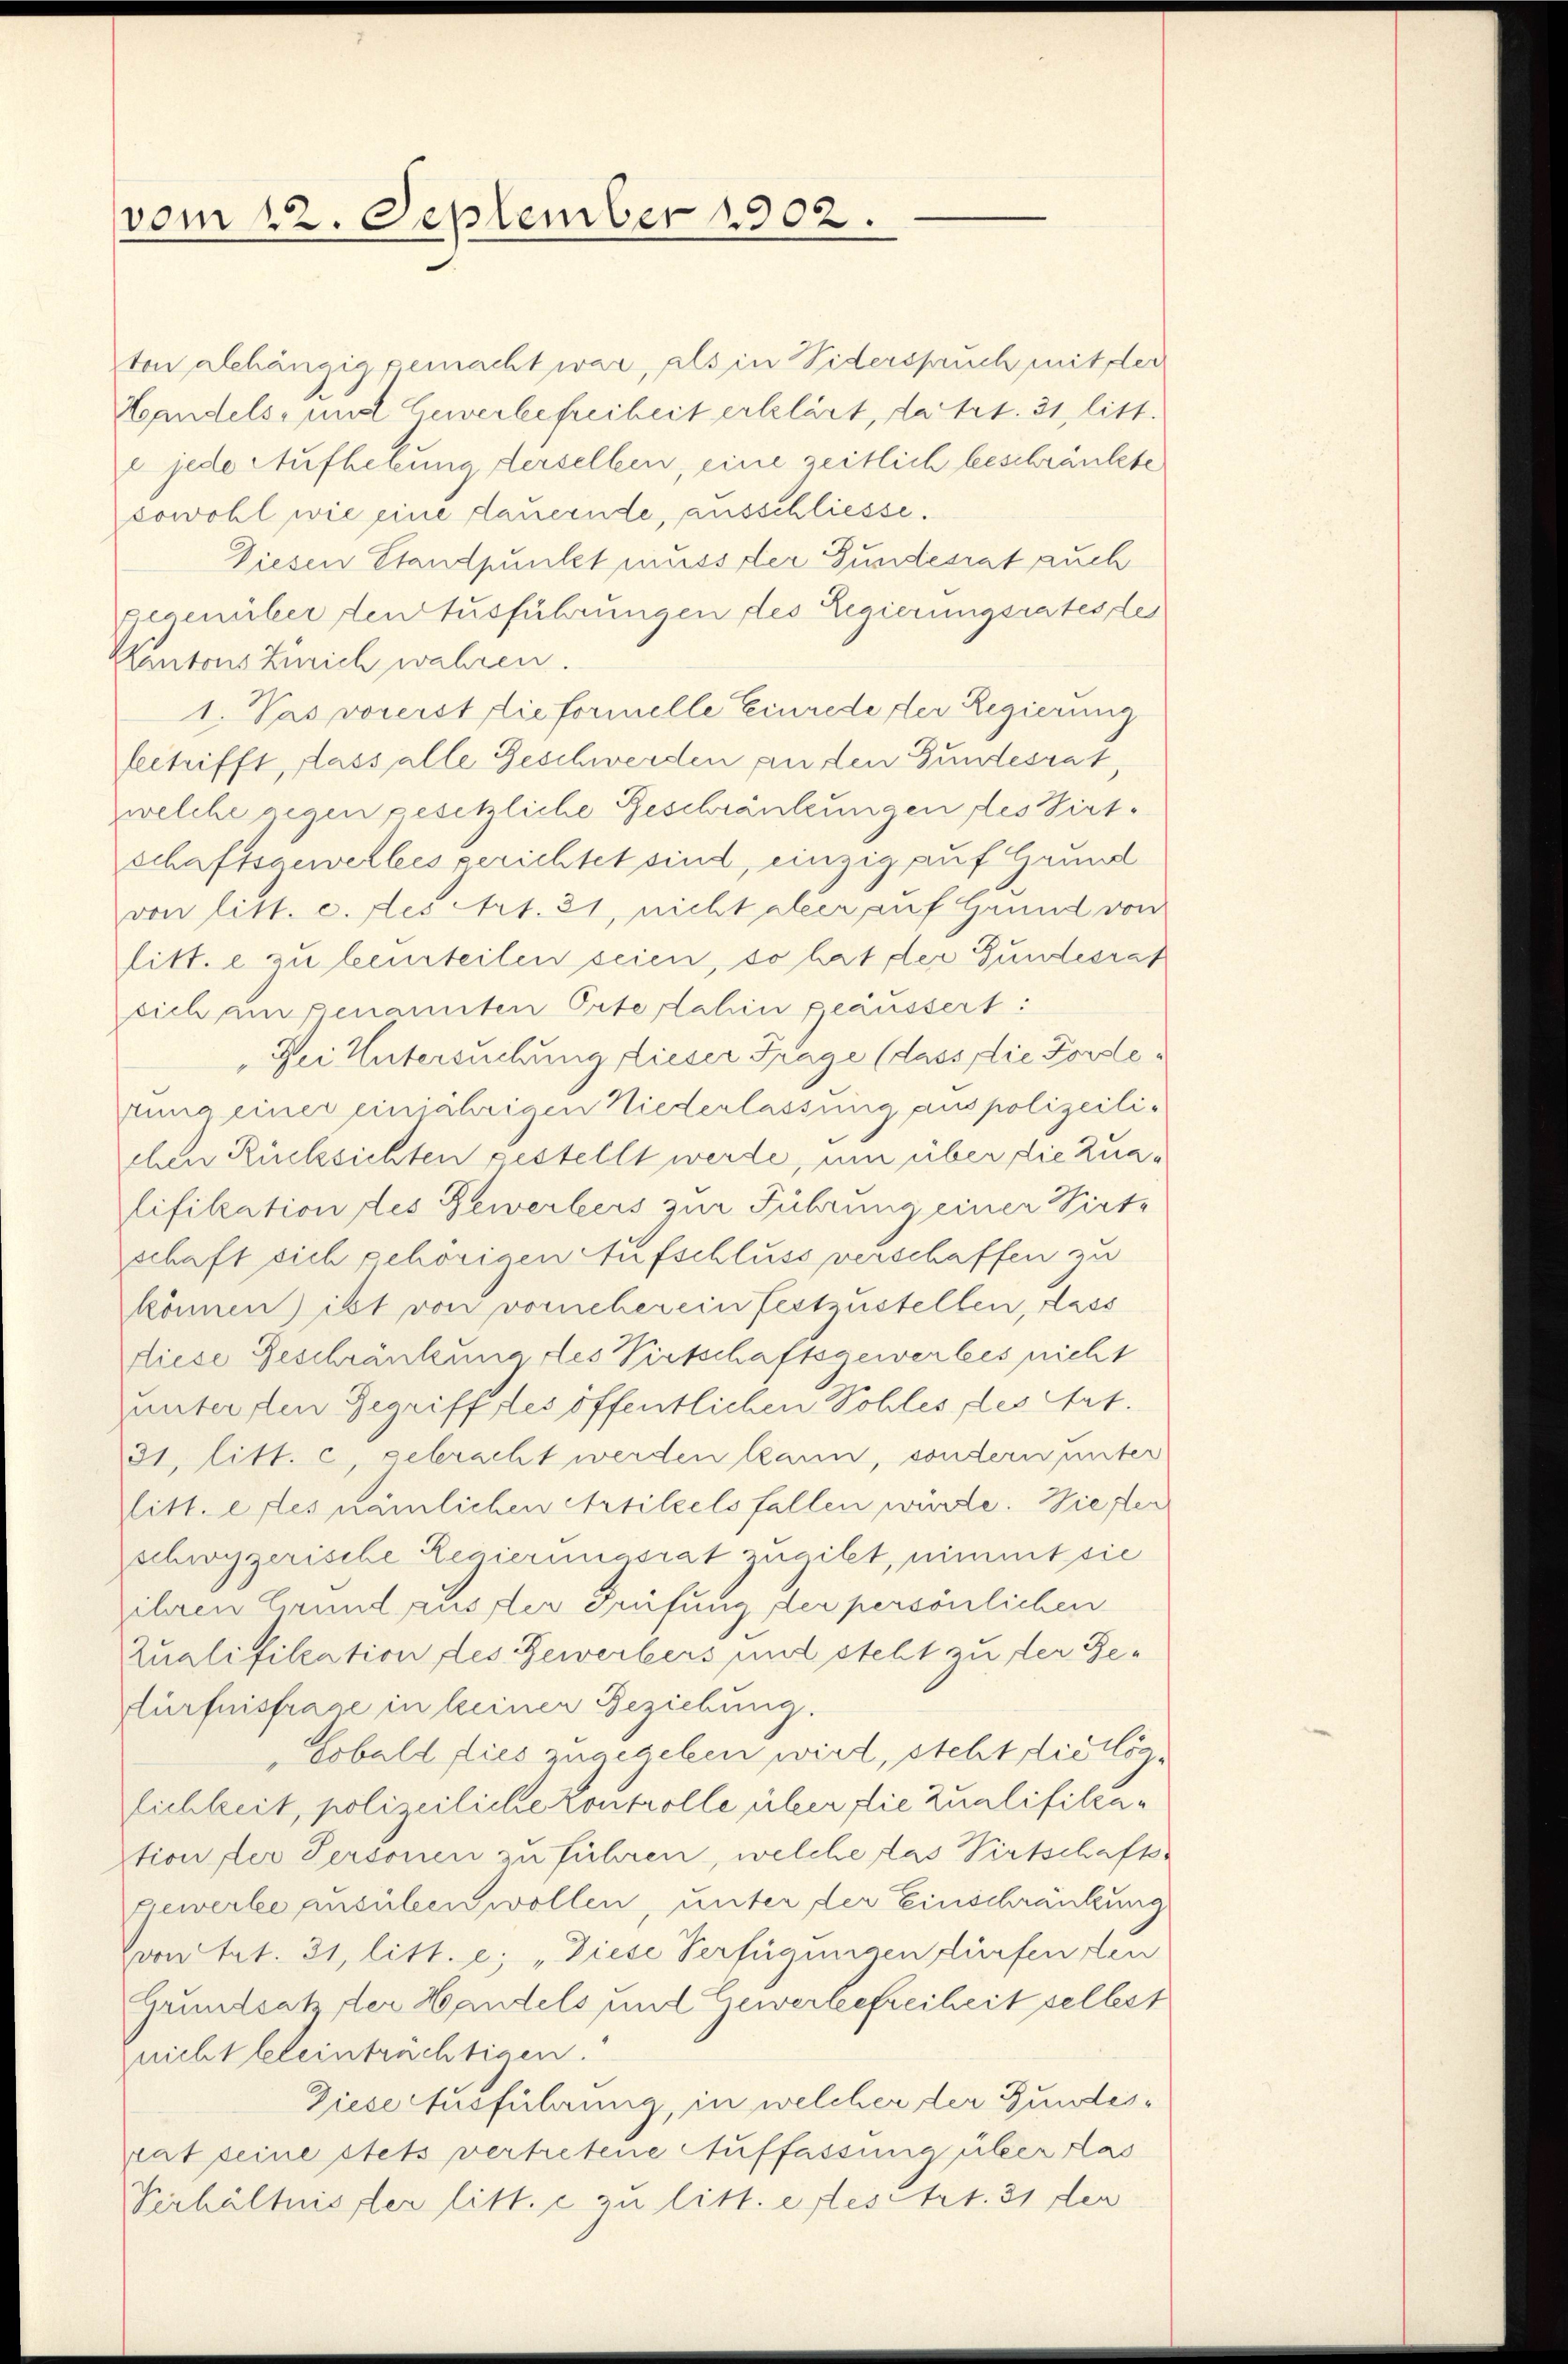
vom 12. September 1902.

ton alehängig gemacht war, als in Siderspruch mit der
Handels- und Gewerbefreiheit erklärt, da trt. 31, litt.
e jede Aufhebung derselben, eine zeitlich beschränkte
sowohl wie eine dauernde, ausschliesse.
Diesen Standpunkt muss der Gundesrat auch
Gegenüber den Ausführungen des Regierungsrates des
Kantons Zürich wahren.
1. Pas vorerst dieformelle Einrede der Regierung
beetrifft, dass alle Geschwerden an den Gundesrat,
welche gegen gesetzliche Geschränkungen des Virtschaftsgewerbes gerichtet sind, einzig auf Haunl
von litt. c. des Art. 31, nicht aber auf Grund von
litt. e zu beurteilen seien, so hat der Gundesrat
sich am genannten Orte dahin geäussert:
Dei Untersuchung dieser Frage (dass die Forde¬
Anna einer einjährigen Niederlassung aus polizeilichen Rücksichten gestellt werde, um über die Zualifikation des Gewerbers zur Führung einer Wirte
schaft sich gehörigen Aufschluss verschaffen zu
können) ist von vorneher ein festzustellen, dass
diese Geschränkung des Virtschaftsgewerbes nicht
unterden Gegrifftes öffentlichen Sohles des Art.
31. litt. c, gebracht werden kann, sondern unter
litt. ertes nämlichen Artikels fallen würde. Wiesen
schwyzerische Regierungsrat zugibt, nimmt sie
ihren Grund ausser Prüfung der persönlichen
Qualifikation des Gewerbers und steht zu der Ge-
Hürfnisfrage in keiner Beziehung.
"Lobald dies zugegeben wird, steht die löglichkeit, polizeiliche kontrolle über die Qualifikation der Personen zu führen, welche das Virtschafts-
ewerbe ausüben wollen, unter der Einschränkung
Coon tat. 31, litt. e, „Diese Verfügungen dürfen den
Grundsatz der Handels und Gewerbefreiheit selbst
nicht kleinträchtigen.
Diese Ausführung, in welcher der Bundespat seine stets vertretene Auffassung über das
Verhältnisser litt. c zu litt. extes Art. 31 der